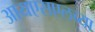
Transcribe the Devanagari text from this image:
आयएसएलच्या